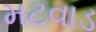
મટવાડ